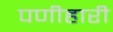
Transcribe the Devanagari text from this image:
पणीहारी